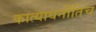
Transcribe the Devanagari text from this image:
कात्यायनीतिच